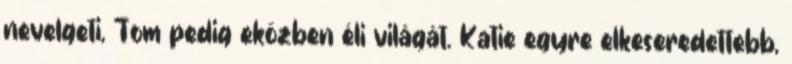
nevelgeti, Tom pedig eközben éli világát. Katie egyre elkeseredettebb,